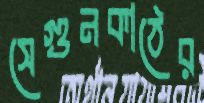
সেগুনকাঠের